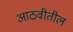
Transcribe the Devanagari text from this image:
आठवीतील